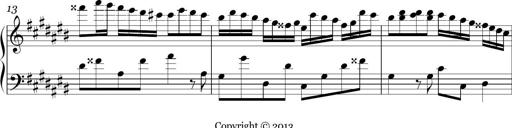
Title: Ten Piano Sonatinas
Composer: Andreas Sain